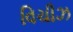
વિચીઝ